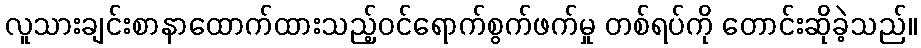
လူသားချင်းစာနာထောက်ထားသည့်ဝင်ရောက်စွက်ဖက်မှု တစ်ရပ်ကို တောင်းဆိုခဲ့သည်။